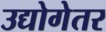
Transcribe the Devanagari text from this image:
उद्योगेतर